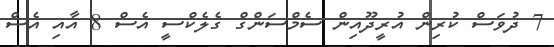
7 ދުވަަސް ކުރިން އުރީދޫއިން ސެމްސަންގް ގެލެކްސީ އެސް 8 އާއި އެސް